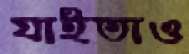
যাইতাও